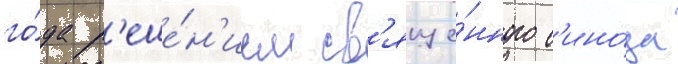
го́да р'еше́н'ием св'яще́нного с'ино́да